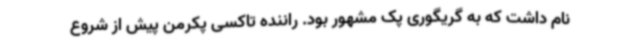
نام داشت که به گریگوری پک مشهور بود. راننده تاکسی پکرمن پیش از شروع